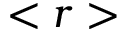
< r >